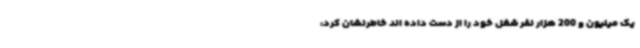
یک میلیون و 200 هزار نفر شغل خود را از دست داده اند خاطرنشان کرد: